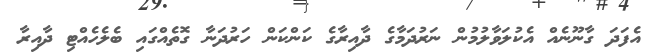
އެފަދަ ގާނޫނެއް އެކުލަވާލުމުން ނަރުދަމާގެ ދާއިރާގެ ކަންކަން ހަރުދަނާ ގޮތެއްގައި ބެލެހެއްޓި ދާއިރާ